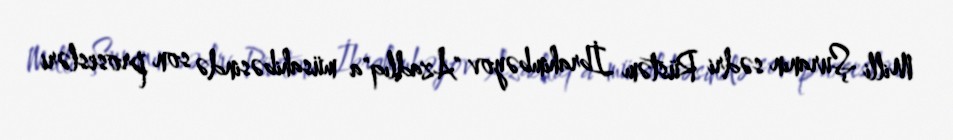
Milli Şuranın sədri Rüstəm İbrahimbəyov "Azadlıq"a müsahibəsində son prosesləri